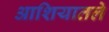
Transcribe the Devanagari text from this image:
आशियातले